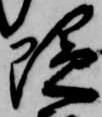
隠